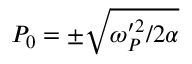
P _ { 0 } = \pm \sqrt { \omega _ { P } ^ { \prime 2 } / 2 \alpha }